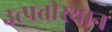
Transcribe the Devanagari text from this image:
उत्पत्तीस्थान